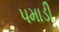
પમાડી